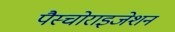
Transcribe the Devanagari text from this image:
पैस्चोराइजेशन